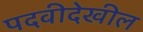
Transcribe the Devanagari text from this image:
पदवीदेखील